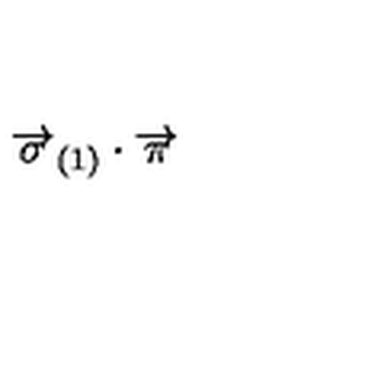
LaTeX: \overrightarrow { \sigma } _ { \left( 1 \right) } \cdot \overrightarrow { \pi }